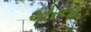
ચોરલા